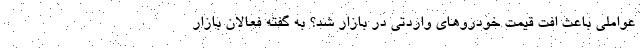
عواملی باعث افت قیمت خودروهای واردتی در بازار شد؟ به گفته فعالان بازار